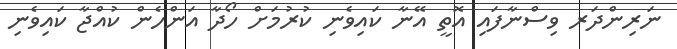
ނަރިންދަރ ވިސްނާފައި އޮތީ އޭނާ ކައިވެނި ކުރުމަށް ހޯދާ އަންހެން ކުއްޖާ ކައިވެނި